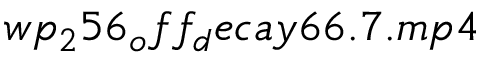
w p _ { 2 } 5 6 _ { o } f f _ { d } e c a y 6 6 . 7 . m p 4